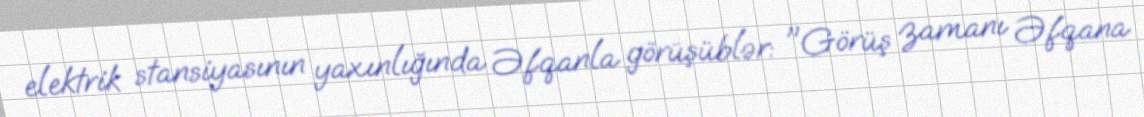
elektrik stansiyasının yaxınlığında Əfqanla görüşüblər: "Görüş zamanı Əfqana